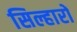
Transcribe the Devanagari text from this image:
सिल्हारों